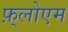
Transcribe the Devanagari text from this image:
फ़्लोएम